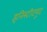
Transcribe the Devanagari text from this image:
इनिस्टीटयूट